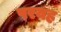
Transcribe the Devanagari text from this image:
परयह